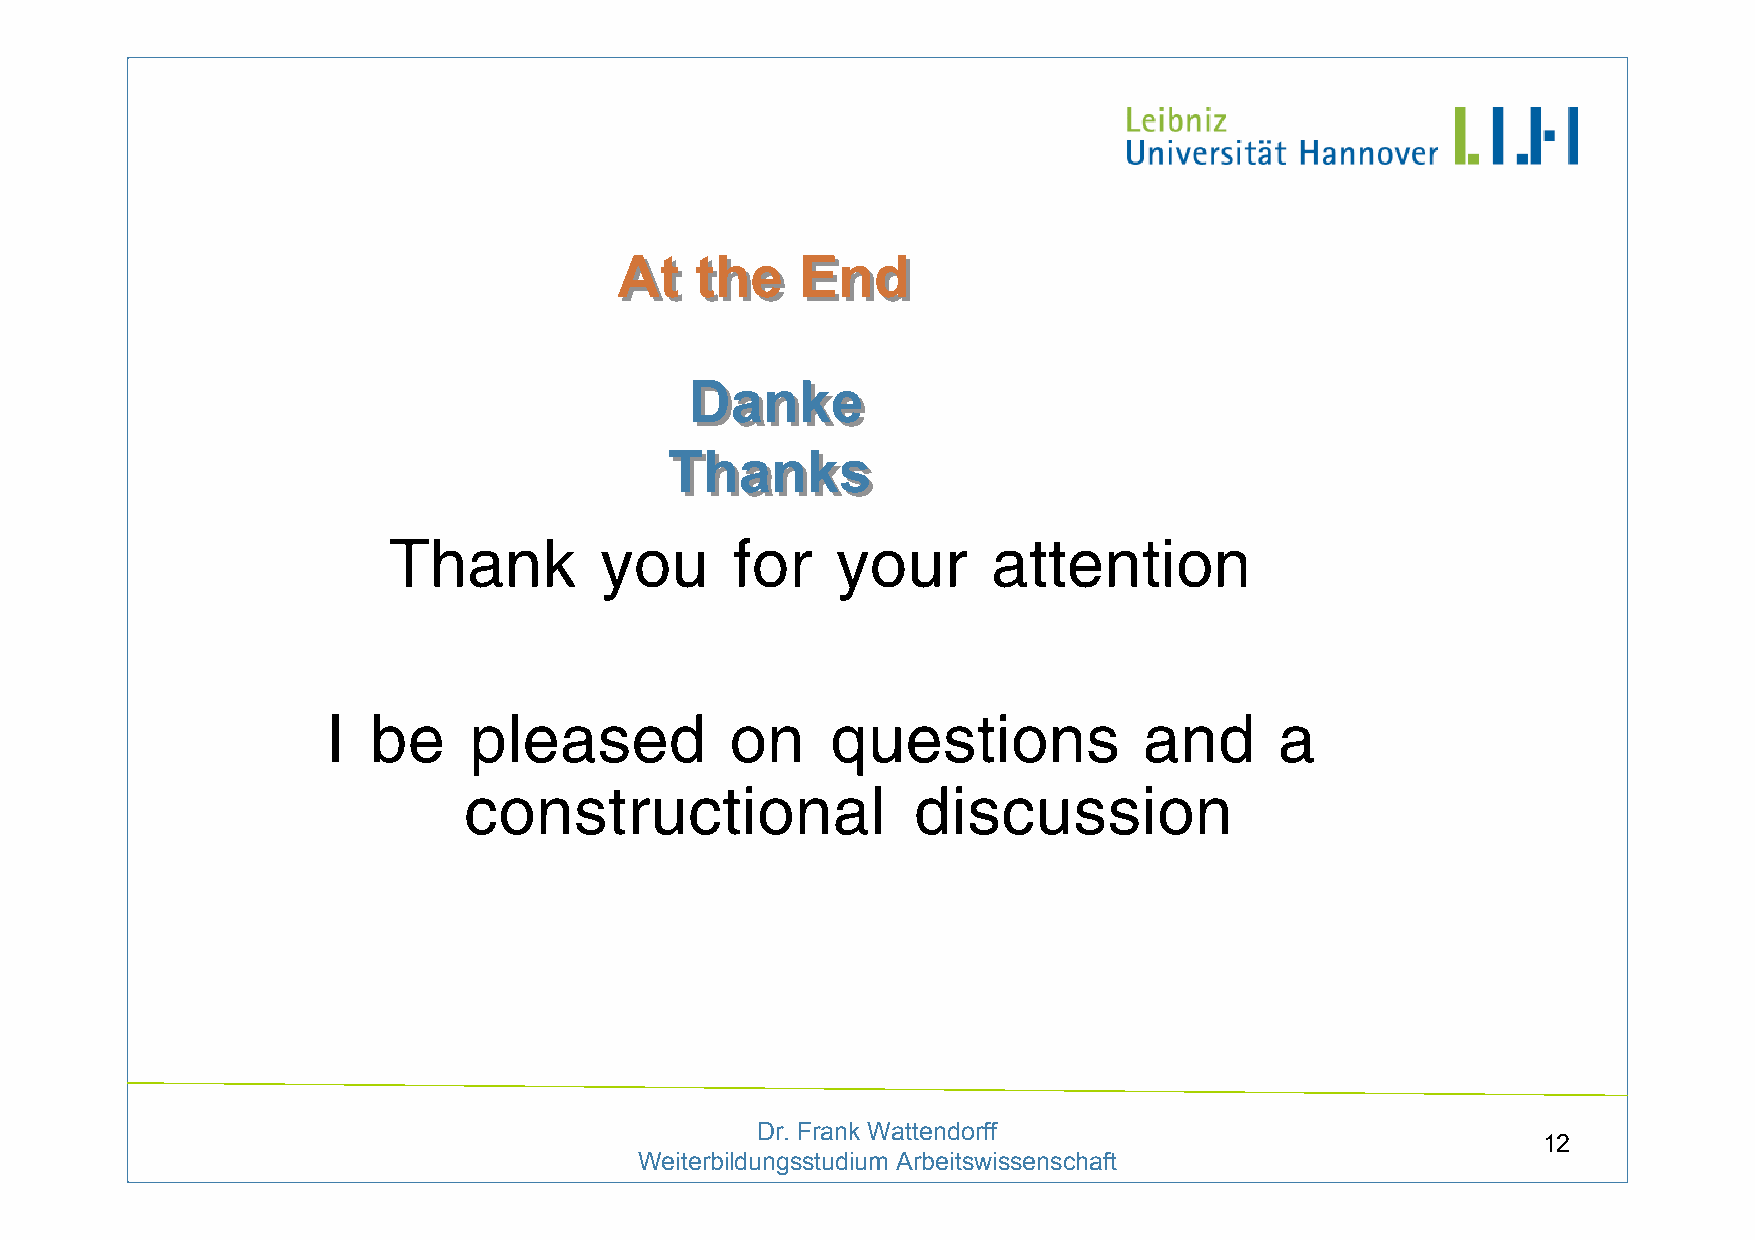
AAtt tthhee EEnndd
 DDaannkkee
 TThhaannkkss
 Thank         you      for   your       attention
 I  be    pleased          on     questions            and      a
 constructional               discussion
 Dr. Frank Wattendorff
 12
 Weiterbildungsstudium Arbeitswissenschaft